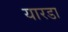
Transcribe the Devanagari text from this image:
यारडा